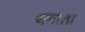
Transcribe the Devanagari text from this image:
थमाता